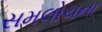
સમલોચના